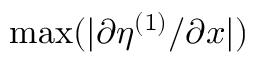
\operatorname* { m a x } ( | \partial \eta ^ { ( 1 ) } / \partial x | )